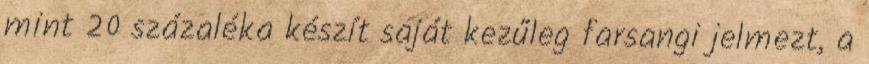
mint 20 százaléka készít saját kezűleg farsangi jelmezt, a